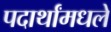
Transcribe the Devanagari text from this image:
पदार्थांमधले